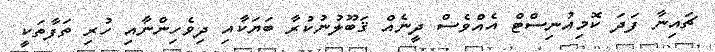
ޗައިނާ ފަދަ ކޮމިއުނިސްޓް އެއްވެސް ދީނެއް ޤަބޫލުނުކުރާ ބަޔަކާއި ދިވެހިންނާއި ހުރި ތަފާތަކީ